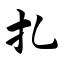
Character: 扎